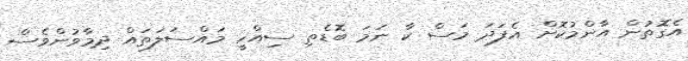
އެގޮތުން އާންމުކޮށް އެފަދަ މަސް ކާ ނަމަ ބޮޑެތި ސިއްހީ މައްސަލަތައް ދިމާވުންވެސް